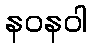
နဝနဝါ